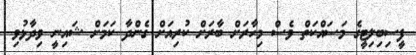
ފީސިބިލިޓީގެ މަސައްކަތް ވެސް މިހާރަށް ބާރަށް ކުރިއަށް ގެންދާ ކަމަށް ޝައިނީ ވިދާޅުވި